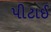
પીટાઈ